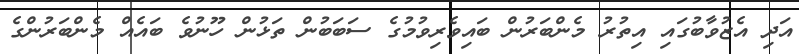
އަދި އެޒުވާބުގައި އިތުރު މެންބަރުން ބައިވެރިވުމުގެ ސަބަބުން ތަޅުން ހޫނުވެ ބައެއް މެންބަރުންގެ